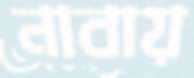
নাবায়